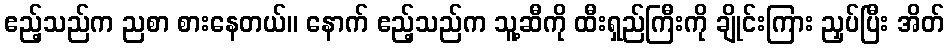
ဧည့်သည်က ညစာ စားနေတယ်။ နောက် ဧည့်သည်က သူ့ဆီကို ထီးရှည်ကြီးကို ချိုင်းကြား ညှပ်ပြီး အိတ်